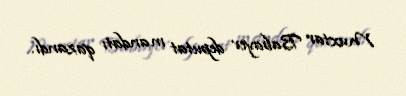
Muxtar Babayev deputat mandatı qazandı.